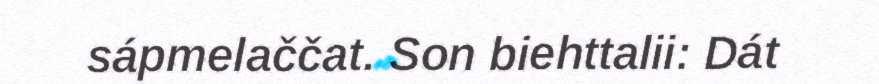
sápmelaččat. Son biehttalii: Dát